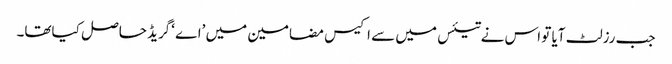
جب رزلٹ آیا تو اس نے تیئس میں سے اکیس مضامین میں ’اے ‘گریڈ حاصل کیاتھا۔